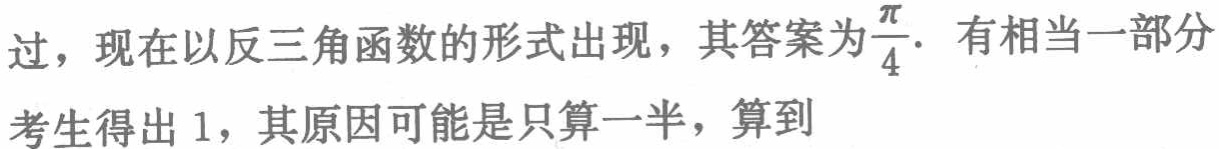
过，现在以反三角函数的形式出现，其答案为$\frac{\pi}{4}$. 有相当一部分考生得出 1，其原因可能是只算一半，算到